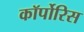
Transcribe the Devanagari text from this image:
कॉर्पोरिस